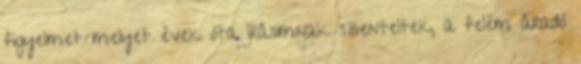
figyelmet melyet évek óta írásimnak szenteltek, a felém áradó